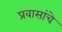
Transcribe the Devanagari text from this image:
प्रवासांचे